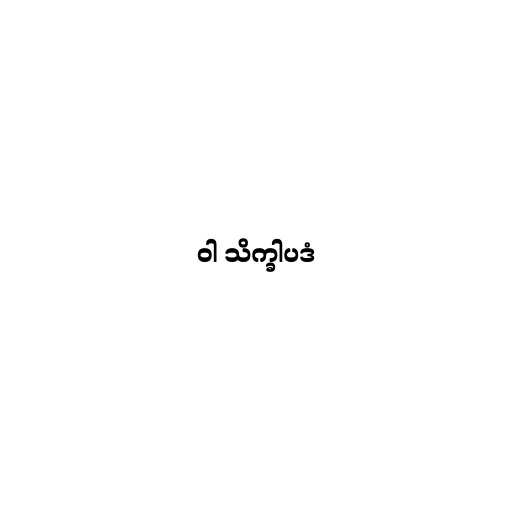
ဝါ သိက္ခါပဒံ